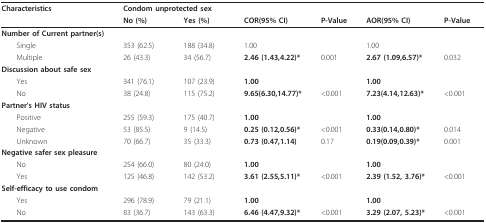
| Characteristics | <COLSPAN=2> Condom unprotected sex |  |  |  |  |
 |  | No (%) | Yes (%) | COR(95% CI) | P-Value | AOR(95% CI) | P-Value |
 | --- | --- | --- | --- | --- | --- | --- |
 | Number of Current partner(s) |  |  |  |  |  |  |
 | Single | 353 (62.5) | 188 (34.8) | 1.00 |  | 1.00 |  |
 | Multiple | 26 (43.3) | 34 (56.7) | 2.46 (1.43,4.22)* | 0.001 | 2.67 (1.09,6.57)* | 0.032 |
 | Discussion about safe sex |  |  |  |  |  |  |
 | Yes | 341 (76.1) | 107 (23.9) | 1.00 |  | 1.00 |  |
 | No | 38 (24.8) | 115 (75.2) | 9.65(6.30,14.77)* | <0.001 | 7.23(4.14,12.63)* | <0.001 |
 | Partner's HIV status |  |  |  |  |  |  |
 | Positive | 255 (59.3) | 175 (40.7) | 1.00 |  | 1.00 |  |
 | Negative | 53 (85.5) | 9 (14.5) | 0.25 (0.12,0.56)* | <0.001 | 0.33(0.14,0.80)* | 0.014 |
 | Unknown | 70 (66.7) | 35 (33.3) | 0.73 (0.47,1.14) | 0.17 | 0.19(0.09,0.39)* | 0.001 |
 | Negative safer sex pleasure |  |  |  |  |  |  |
 | No | 254 (66.0) | 80 (24.0) | 1.00 |  | 1.00 |  |
 | Yes | 125 (46.8) | 142 (53.2) | 3.61 (2.55,5.11)* | <0.001 | 2.39 (1.52, 3.76)* | <0.001 |
 | Self-efficacy to use condom |  |  |  |  |  |  |
 | Yes | 296 (78.9) | 79 (21.1) | 1.00 |  | 1.00 |  |
 | No | 83 (36.7) | 143 (63.3) | 6.46 (4.47,9.32)* | <0.001 | 3.29 (2.07, 5.23)* | <0.001 |